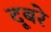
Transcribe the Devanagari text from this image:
दूबरे